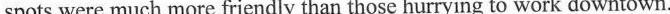
spots were much more friendly than those hurrying to work downtown.